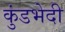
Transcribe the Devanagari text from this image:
कुंडभेदी